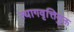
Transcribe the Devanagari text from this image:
त्यागवृत्तियुक्त